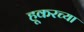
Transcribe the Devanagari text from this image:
हूकरच्या